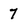
Character: 7